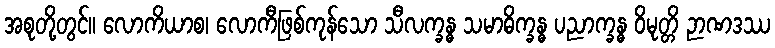
အစုတို့တွင်။ လောကိယာစ၊ လောကီဖြစ်ကုန်သော သီလက္ခန္ဓ သမာဓိက္ခန္ဓ ပညာက္ခန္ဓ ဝိမုတ္တိ ဉာဏဒဿ